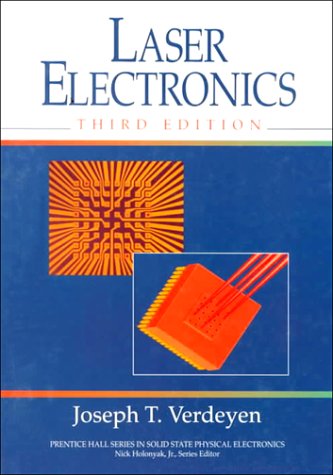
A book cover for Laser Electronics (3rd Edition); Joseph T. Verdeyen; Science & Math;